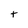
Character: t